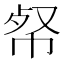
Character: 𢂺